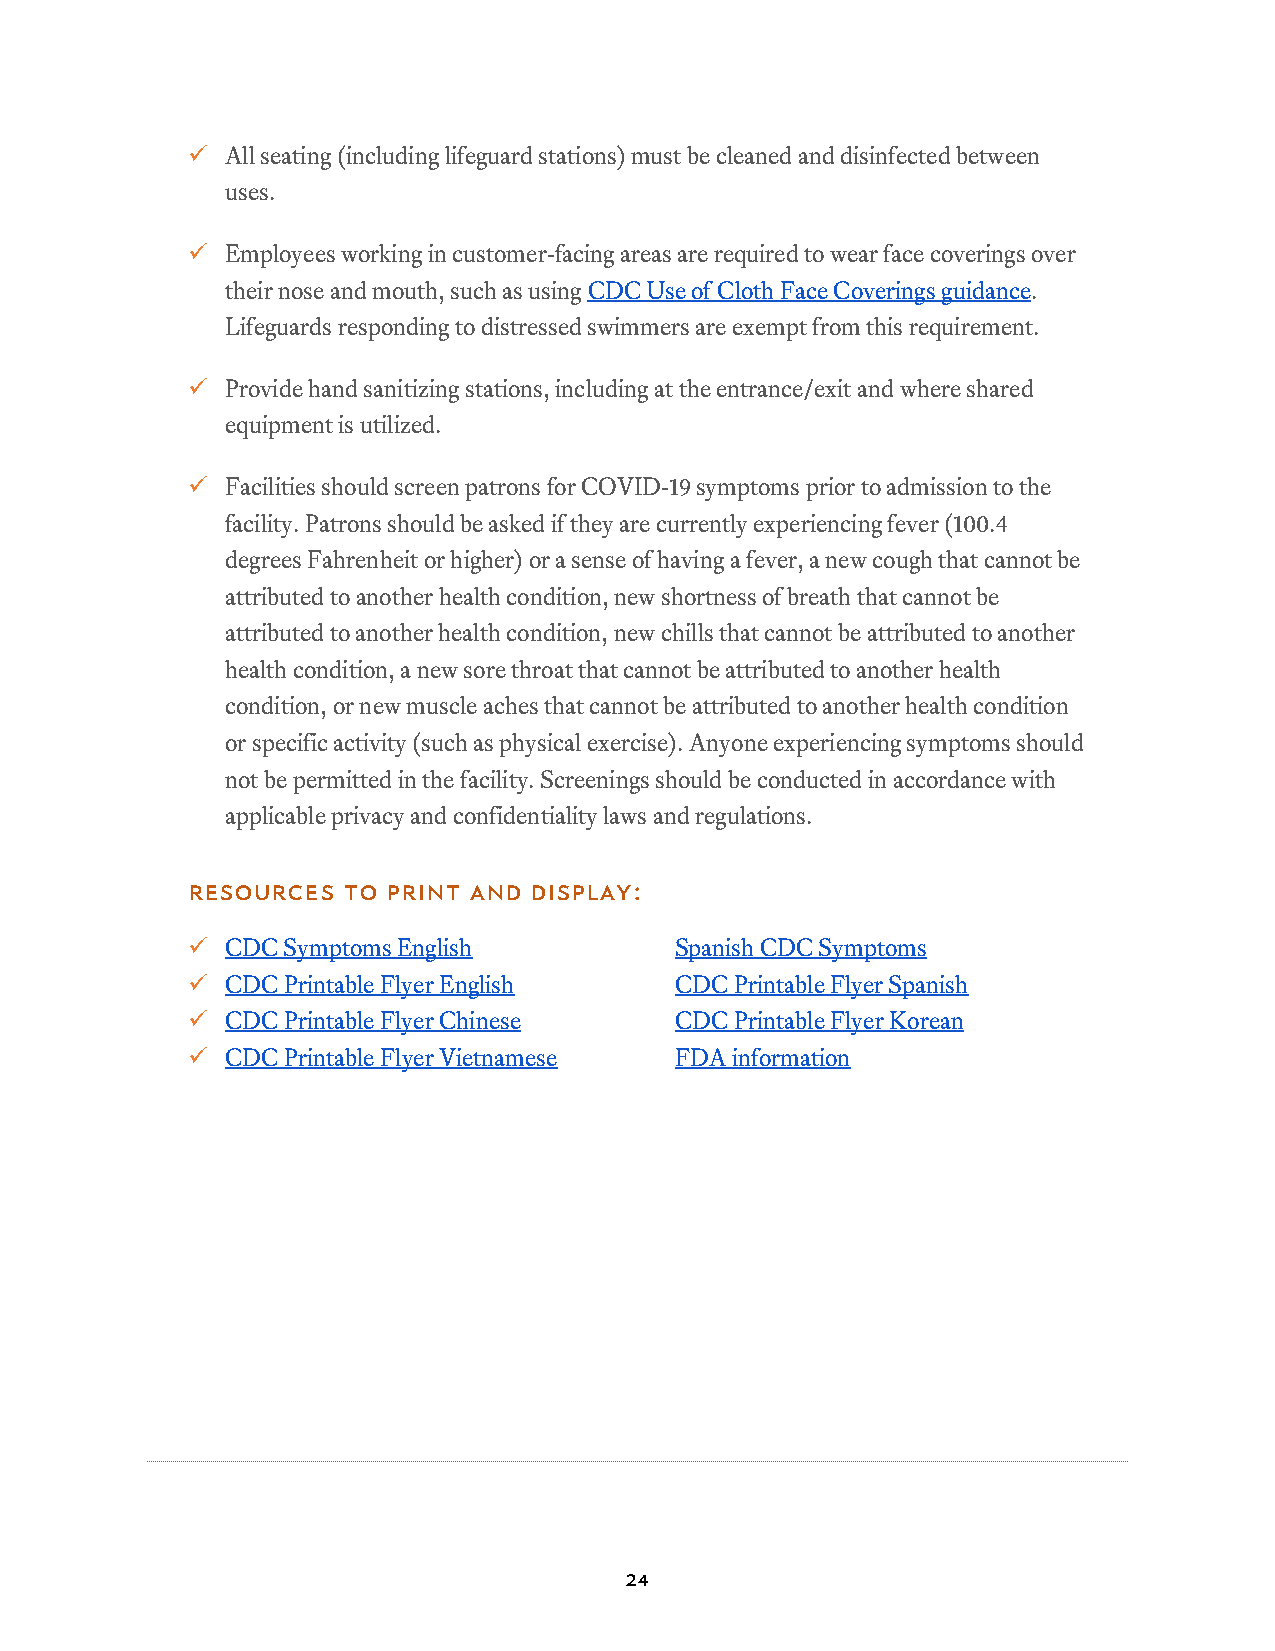
  All seating (including lifeguard stations) must be cleaned and disinfected between
 uses.
   Employees working in customer-facing areas are required to wear face coverings over
 their nose and mouth, such as using CDC Use of Cloth Face Coverings guidance.
 Lifeguards responding to distressed swimmers are exempt from this requirement.
   Provide hand sanitizing stations, including at the entrance/exit and where shared
 equipment is utilized.
   Facilities should screen patrons for COVID-19 symptoms prior to admission to the
 facility. Patrons should be asked if they are currently experiencing fever (100.4
 degrees Fahrenheit or higher) or a sense of having a fever, a new cough that cannot be
 attributed to another health condition, new shortness of breath that cannot be
 attributed to another health condition, new chills that cannot be attributed to another
 health condition, a new sore throat that cannot be attributed to another health
 condition, or new muscle aches that cannot be attributed to another health condition
 or specific activity (such as physical exercise). Anyone experiencing symptoms should
 not be permitted in the facility. Screenings should be conducted in accordance with
 applicable privacy and confidentiality laws and regulations.
 Resources  to print and display:
   CDC Symptoms English          Spanish CDC Symptoms
   CDC Printable Flyer English   CDC Printable Flyer Spanish
   CDC Printable Flyer Chinese   CDC Printable Flyer Korean
   CDC Printable Flyer Vietnamese FDA information
 24